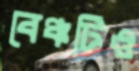
বেঞ্চটিও